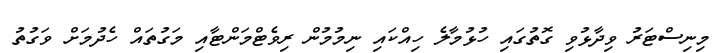
މިނިސްޓަރު ވިދާޅުވި ގޮތުގައި ހުޅުމާލެ ހިއްކައި ނިމުމުން ރިވެޓްމަންޓާއި މަގުތައް ހެދުމަށް ވަގުތު